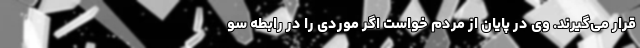
قرار می‌گیرند. وی در پایان از مردم خواست اگر موردی را در رابطه سو